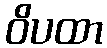
ဝိပထာ